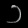
Digit: ၁